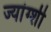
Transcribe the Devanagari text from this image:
ज्यांग्शी